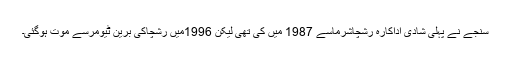
سنجے نے پہلی شادی اداکارہ رشچاشرماسے 1987 میں کی تھی لیکن 1996میں رشچاکی برین ٹیومرسے موت ہوگئی۔